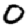
Digit: 0